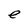
Character: e